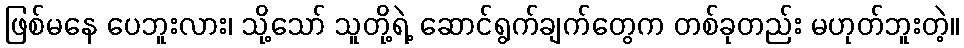
ဖြစ်မနေ ပေဘူးလား၊ သို့သော် သူတို့ရဲ့ ဆောင်ရွက်ချက်တွေက တစ်ခုတည်း မဟုတ်ဘူးတဲ့။